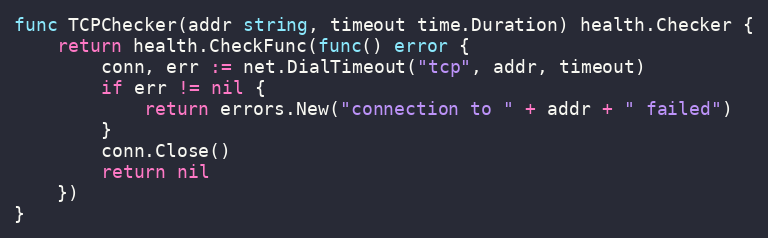
Language: Go
func TCPChecker(addr string, timeout time.Duration) health.Checker {
	return health.CheckFunc(func() error {
		conn, err := net.DialTimeout("tcp", addr, timeout)
		if err != nil {
			return errors.New("connection to " + addr + " failed")
		}
		conn.Close()
		return nil
	})
}